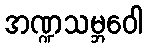
အဏ္ဍသမ္ဘဝေါ